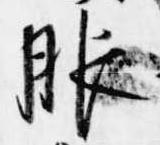
服